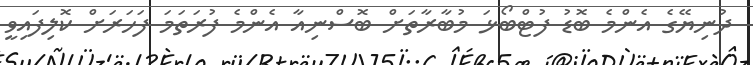
ދުނިޔޭގެ އެންމެ ބޮޑު ފުޓްބޯޅަ މުބާރާތަށް ބޮސްނިއާ އެންމެ ފުރަތަމަ ފަހަރަށް ކޮލިފައިވީ